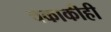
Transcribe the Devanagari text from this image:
चकाकीही